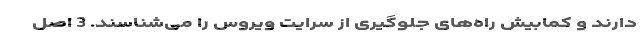
دارند و کمابیش راه‌های جلوگیری از سرایت ویروس را می‌شناسند. 3 اصل